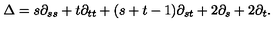
\Delta = s \partial _ { s s } + t \partial _ { t t } + ( s + t - 1 ) \partial _ { s t } + 2 \partial _ { s } + 2 \partial _ { t } .